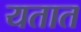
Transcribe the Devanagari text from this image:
यतात